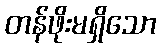
တန်ဖိုးမရှိသော